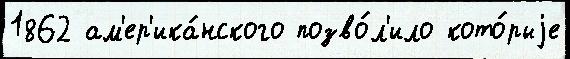
1862 ам'ер'ика́нского позво́л'ило кото́рыjе